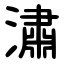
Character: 潚